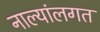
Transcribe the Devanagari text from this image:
नाल्यांलगत